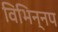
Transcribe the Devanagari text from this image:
विभिन्नप